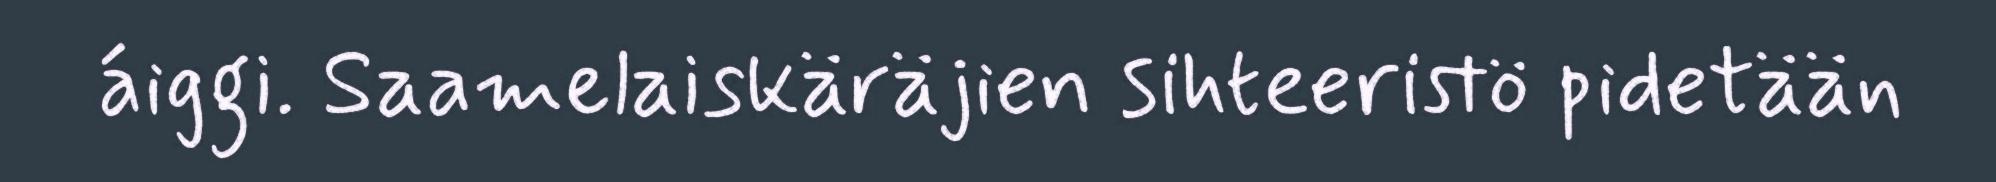
áiggi. Saamelaiskäräjien sihteeristö pidetään